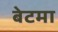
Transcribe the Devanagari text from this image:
बेटमा